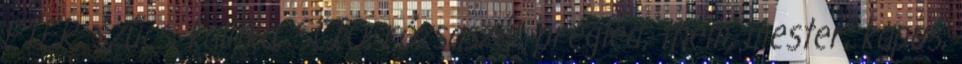
ETER, szűcs, kalitka, SCIO, rózsaszál, pregled, them, mester, kapus,